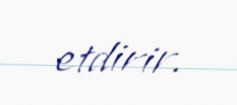
etdirir.